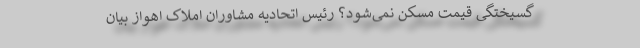
‌گسیختگی قیمت مسکن نمی‌شود؟ رئیس اتحادیه مشاوران املاک اهواز بیان